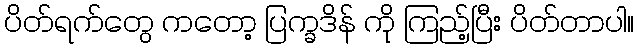
ပိတ်ရက်တွေ ကတော့ ပြက္ခဒိန် ကို ကြည့်ပြီး ပိတ်တာပါ။